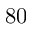
8 0